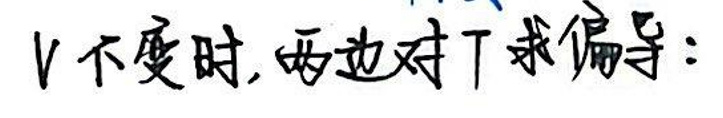
V不变时，\(q\)也对\(T\)求偏导：